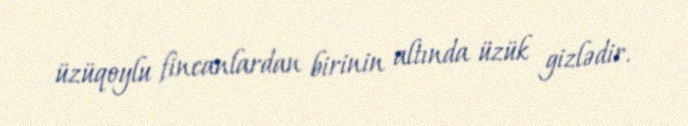
üzüqoylu fincanlardan birinin altında üzük gizlədir.